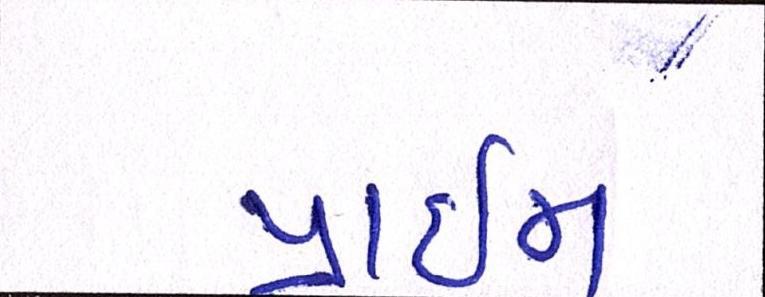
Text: પ્રાઇમ